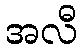
အလီ